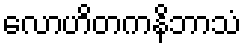
လောဟိတကနိဘာသံ